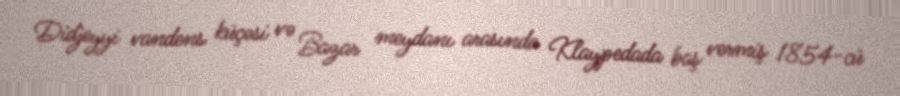
Didjeyyi vandens küçəsi və Bazar meydanı arasında Klaypedada baş vermiş 1854-cü